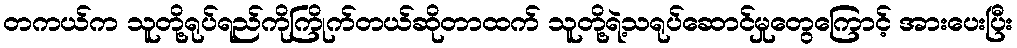
တကယ်က သူတို့ရုပ်ရည်ကိုကြိုက်တယ်ဆိုတာထက် သူတို့ရဲ့သရုပ်ဆောင်မှုတွေကြောင့် အားပေးပြီး